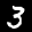
Label: 3